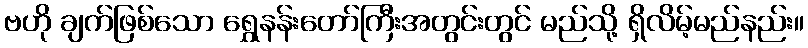
ဗဟို ချက်ဖြစ်သော ရွှေနန်းတော်ကြီးအတွင်းတွင် မည်သို့ ရှိလိမ့်မည်နည်း။